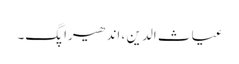
غیاث الدین ، اندھیرا پگ۔